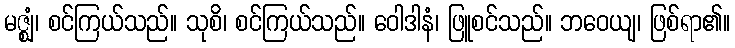
မဇ္ဈံ၊ စင်ကြယ်သည်။ သုစိ၊ စင်ကြယ်သည်။ ဝေါဒါနံ၊ ဖြူစင်သည်။ ဘဝေယျ၊ ဖြစ်ရာ၏။